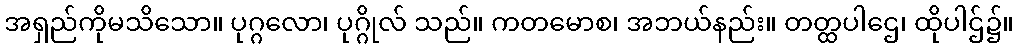
အရှည်ကိုမသိသော။ ပုဂ္ဂလော၊ ပုဂ္ဂိုလ် သည်။ ကတမောစ၊ အဘယ်နည်း။ တတ္ထပါဌေ၊ ထိုပါဌ်၌။